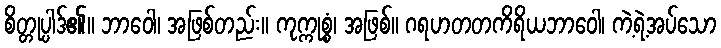
စိတ္တုပ္ပါဒ်၏။ ဘာဝေါ၊ အဖြစ်တည်း။ ကုက္ကုစ္စံ၊ အဖြစ်။ ဂရဟတတကိရိယဘာဝေါ၊ ကဲ့ရဲ့အပ်သော